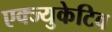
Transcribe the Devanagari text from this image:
एक्ज्युकेटिव